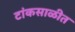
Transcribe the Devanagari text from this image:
टांकसाळीत